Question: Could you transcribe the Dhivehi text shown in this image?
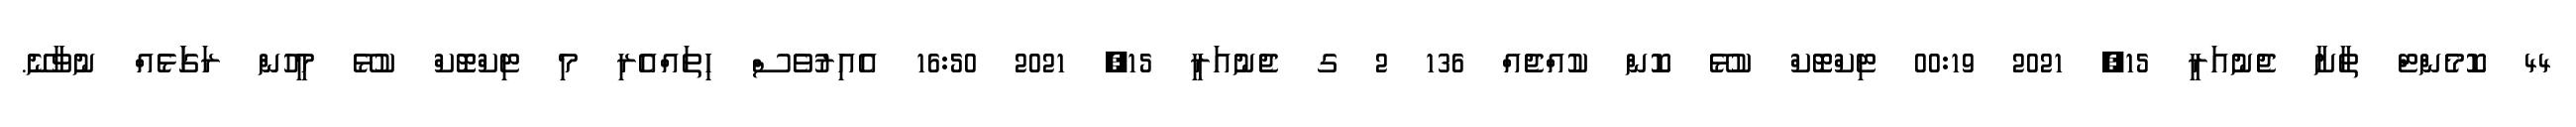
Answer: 44 ކޮމެންޓް ތާށާ ޖެނުއަރީ 15, 2021 00:19 ޓިކްޓޮކް ކުޅޭ ކޮން ކުއްޖެއް 136 2 ގ ޖެނުއަރީ 15, 2021 16:50 އެއިރުވެސް ހިތައްއެރި މި ޓިކްޓޮކް ކުޅޭ މީހުން ރަގަަޅެއް ނުވާނޭ.